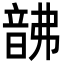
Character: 𩐚